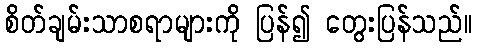
စိတ်ချမ်းသာစရာများကို ပြန်၍ တွေးပြန်သည်။